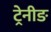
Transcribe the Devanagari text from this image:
ट्रेनीङ